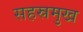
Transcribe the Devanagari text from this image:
सहस्रमुख